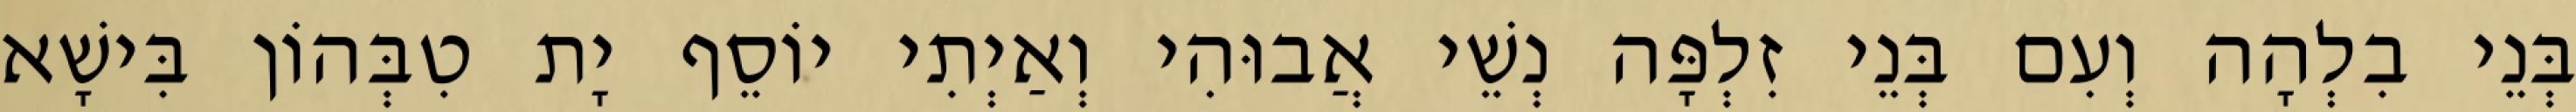
בְּנֵי בִלְהָה וְעִם בְּנֵי זִלְפָּה נְשֵׁי אֲבוּהִי וְאַיְתִי יוֹסֵף יָת טִבְּהוֹן בִּישָׁא